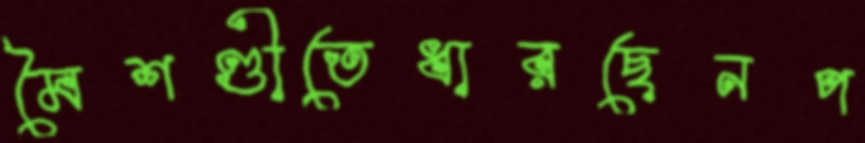
মৈশণ্ডীতেধারছেনপ